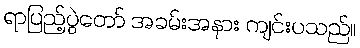
ရာပြည့်ပွဲတော် အခမ်းအနား ကျင်းပသည်။